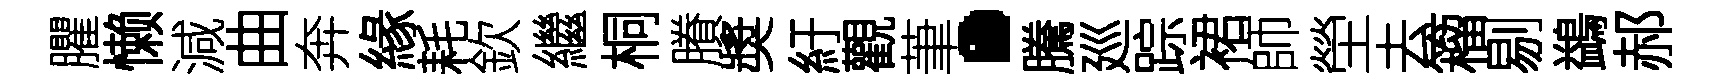
臞懒減曲奔緣耗欽繼桐賸奬紆觀茟·騰廵踪裙師塋去籕剔鷁郝